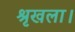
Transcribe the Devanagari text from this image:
श्रृखला।